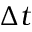
\Delta t